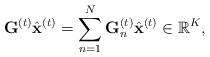
LaTeX: \begin{align*}\mathbf{G}^{(t)}\hat{\mathbf{x}}^{(t)}=\sum_{n=1}^{N}\mathbf{G}_{n}^{(t)}\hat{\mathbf{x}}^{(t)}\in\mathbb{R}^{K},\end{align*}